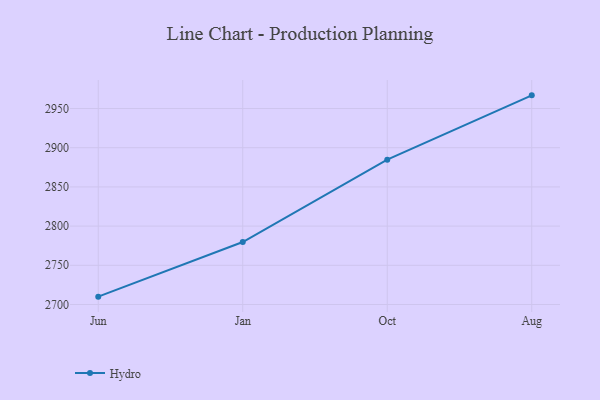
{"axis": {"x": "Month", "y": "Conversion Rate (%)"}, "legend": ["Hydro"], "data": [{"x": "Jun", "y": 2710.0, "type": "Hydro"}, {"x": "Jan", "y": 2779.7, "type": "Hydro"}, {"x": "Oct", "y": 2884.8, "type": "Hydro"}, {"x": "Aug", "y": 2966.8, "type": "Hydro"}]}